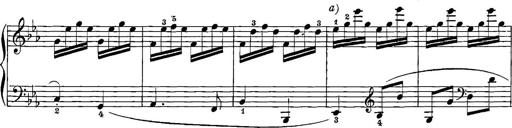
Title: 12 Sonatinas
Composer: Ignaz Pleyel